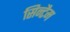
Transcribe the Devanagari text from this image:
सिन्टैम